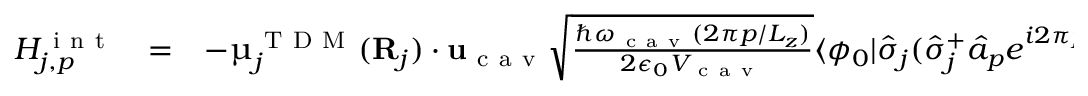
\begin{array} { c c l } { H _ { j , p } ^ { \mathrm { ~ i ~ n ~ t ~ } } } & { = } & { - { \boldsymbol { \upmu } } _ { j } ^ { \mathrm { ~ T ~ D ~ M ~ } } ( { \bf { R } } _ { j } ) \cdot { \bf { u } } _ { \mathrm { ~ c ~ a ~ v ~ } } \sqrt { \frac { \hslash \omega _ { \mathrm { ~ c ~ a ~ v ~ } } ( 2 \pi p / L _ { z } ) } { 2 \epsilon _ { 0 } V _ { \mathrm { ~ c ~ a ~ v ~ } } } } \langle \phi _ { 0 } | \hat { \sigma } _ { j } ( \hat { \sigma } _ { j } ^ { + } \hat { a } _ { p } e ^ { i 2 \pi p z _ { j } / L _ { z } } ) \hat { a } _ { p } ^ { \dagger } | \phi _ { 0 } \rangle } \end{array}